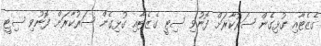
ގެޒެޓާއި ގުޅިގެން ސަރުކާރަށް ފޮނުވި ސިޓީ ގެޒެޓާއި ގުޅިގެން ސަރުކާރަށް ފޮނުވި ސިޓީ